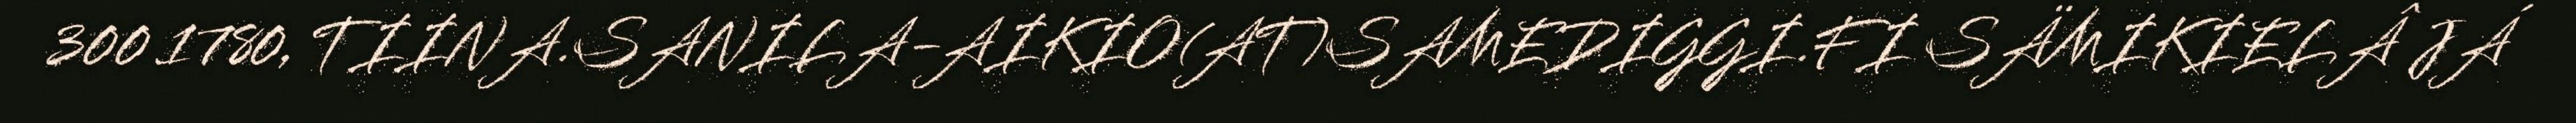
300 1780, TIINA.SANILA-AIKIO(AT)SAMEDIGGI.FI SÄMIKIELÂ JÁ